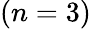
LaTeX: (n=3)